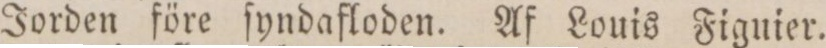
Jorden före ſyndafloden. Af Louis Figuier.